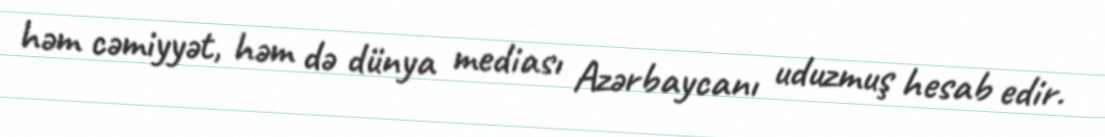
həm cəmiyyət, həm də dünya mediası Azərbaycanı uduzmuş hesab edir.